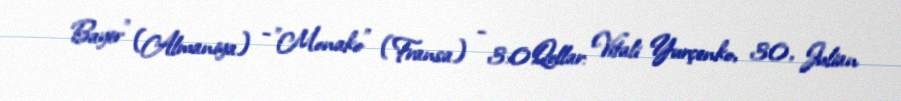
Bayer" (Almaniya) - "Monako" (Fransa) - 3:0Qollar: Vitali Yurçenko, 30, Julian